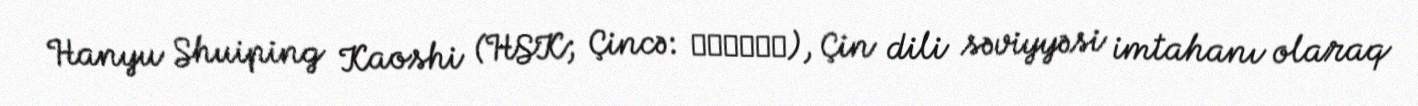
Hanyu Shuiping Kaoshi (HSK; Çincə: 汉语水平考试), Çin dili səviyyəsi imtahanı olaraq